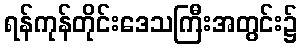
ရန်ကုန်တိုင်းဒေသကြီးအတွင်း၌